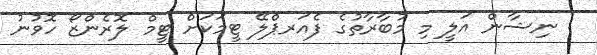
: ނިޝާން އަލީ މި މުބާރާތުގެ ފެއަރޕްލޭ ޓީމަކަށް ޓީމް ލޮރެންޒޯ ހޮވުނު